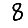
Digit: 8